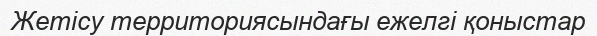
Жетісу территориясындағы ежелгі қоныстар